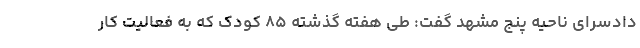
دادسرای ناحیه پنج مشهد گفت: طی هفته گذشته ۸۵ کودک که به فعالیت کار